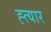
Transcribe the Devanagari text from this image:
ह्त्यार